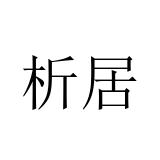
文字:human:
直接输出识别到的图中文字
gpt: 析居